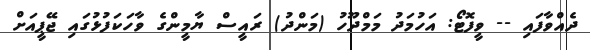
ދެއްވާފައި -- ވީފޮޓޯ: އަހުމަދު މަމްދޫހު (މަންދު) ރައީސް ޔާމީންގެ ވާހަކަފުޅުގައި ޖޭޕީއަށް